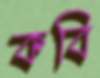
কবি